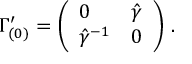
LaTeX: \Gamma _ { ( 0 ) } ^ { \prime } = \left( \begin{array} { l l } { { 0 } } & { { \hat { \gamma } } } \\ { { \hat { \gamma } ^ { - 1 } } } & { { 0 } } \end{array} \right) \, .